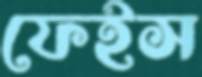
ফেইস